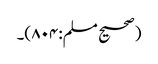
(صحیح مسلم:۸۰۴)۔